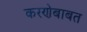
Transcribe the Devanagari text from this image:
करणेबाबत